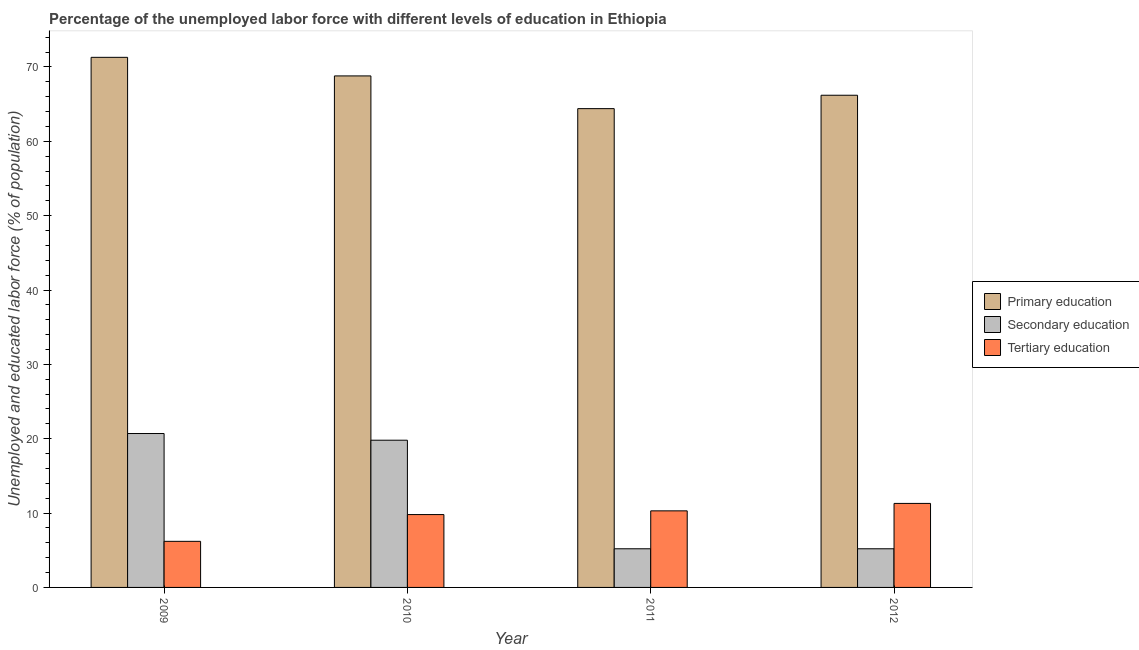
| Year | Primary education | Secondary education | Tertiary education |
 | --- | --- | --- | --- |
 | 2009 | 71.3 | 20.7 | 6.2 |
 | 2010 | 68.8 | 19.8 | 9.8 |
 | 2011 | 64.4 | 5.2 | 10.3 |
 | 2012 | 66.2 | 5.2 | 11.3 |